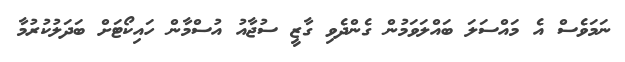
ނަމަވެސް އެ މައްސަލަ ބައްލަވަމުން ގެންދެވި ގާޒީ ސުޖާއު އުސްމާން ހައިކޯޓަށް ބަދަލުކުރުމާ